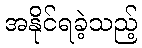
အနိုင်ရခဲ့သည့်